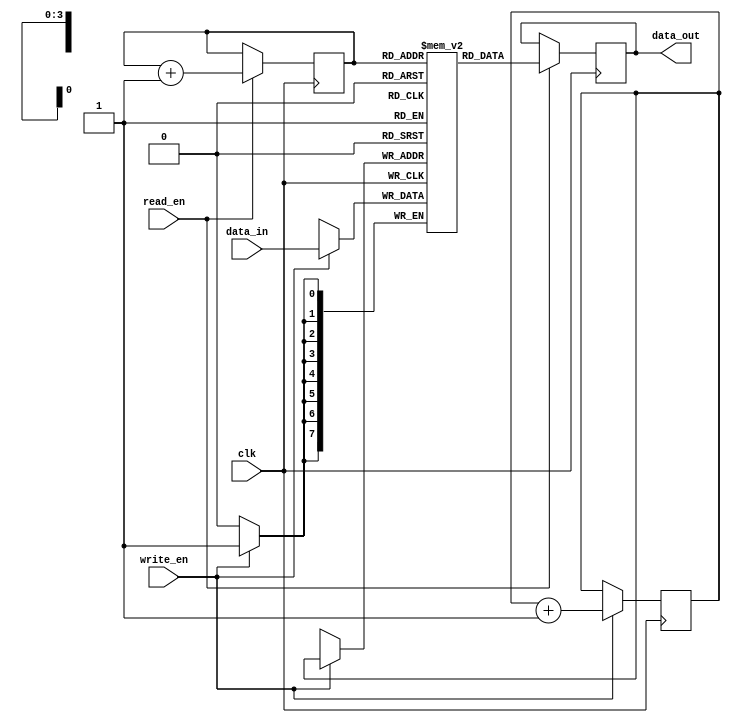
module fifo_buffer
(
    input wire clk,
    input wire [7:0] data_in,
    input wire write_en,
    input wire read_en,
    output wire [7:0] data_out
);

parameter BUFFER_DEPTH = 16;

reg [7:0] memory[BUFFER_DEPTH-1:0];
reg [3:0] write_ptr;
reg [3:0] read_ptr;

always @(posedge clk) begin
    if (write_en) begin
        memory[write_ptr] <= data_in;
        write_ptr <= write_ptr + 1;
    end
    
    if (read_en) begin
        data_out <= memory[read_ptr];
        read_ptr <= read_ptr + 1;
    end
end

endmodule